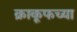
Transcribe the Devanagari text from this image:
क्राकूफच्या